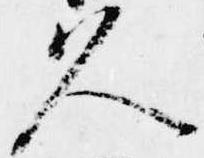
久